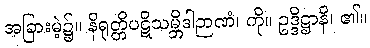
အခြားမဲ့၌။ နိရုတ္တိပဋိသမ္ဘိဒါဉာဏံ၊ ကို။ ဥဒ္ဒိဋ္ဌာနိ၊ ၏။